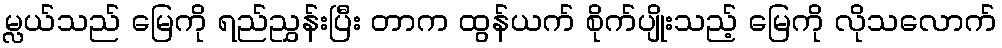
မ္လယ်သည် မြေကို ရည်ညွှန်းပြီး တာက ထွန်ယက် စိုက်ပျိုးသည့် မြေကို လိုသလောက်